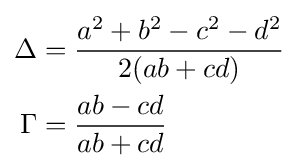
{\begin{aligned}\Delta &={\frac {a^{2}+b^{2}-c^{2}-d^{2}}{2(ab+cd)}}\\\Gamma &={\frac {ab-cd}{ab+cd}}\end{aligned}}